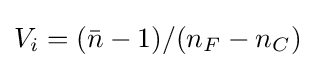
V_{i}=({\bar {n}}-1)/(n_{F}-n_{C})